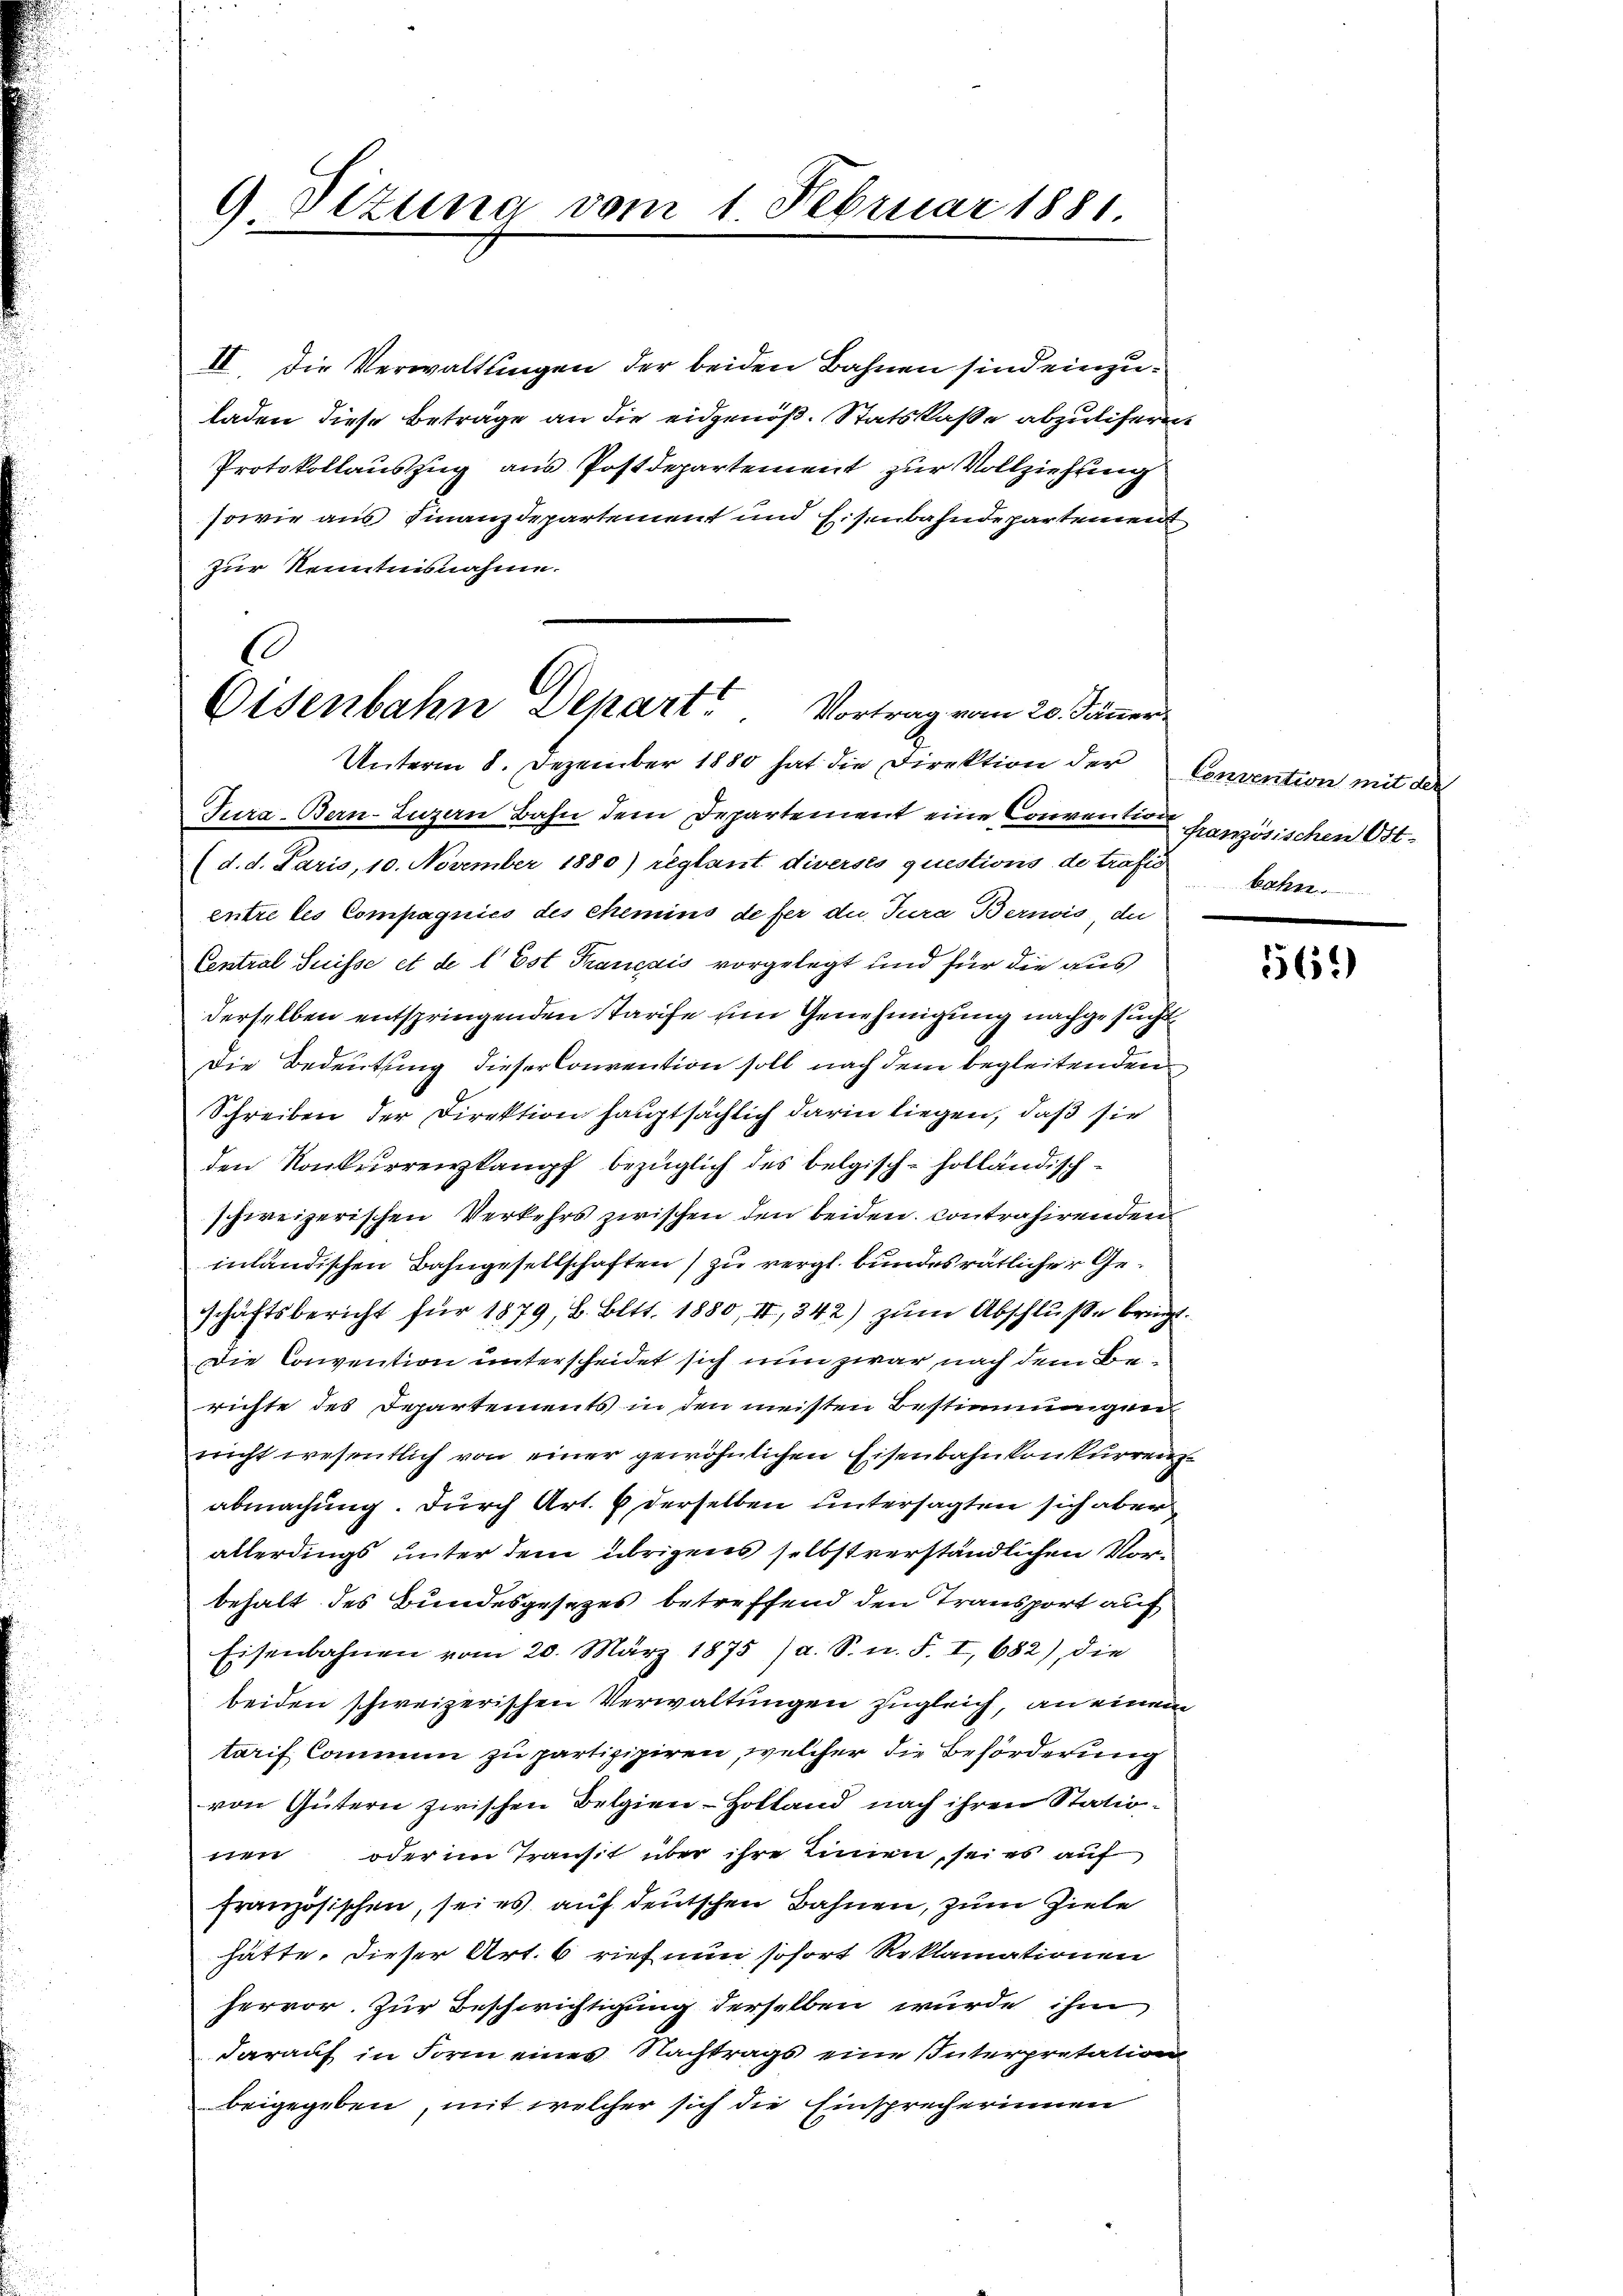
9 Sizung vom

II. Die Verwaltungen der beiden Bahnen sind einzuladen diese Beträge an die eidgenöß. Statskaße abzulisern
Protokollauszug aus Postdepartement zur Vollziehung
sowie aus Finanzdepartement und Eisenbahndepartemen
zur Kenntnisnahme.

1 Februar 1881.

6
Eisenbahn Depart. Vortrag vom 20. Jänner
Unterm 8. Dezember 1880 hat die Direktion der Convention mit der

Jura. Bern-Luzern Bahn dem Departement eine Convention französischen Ort¬
(d. d. Paris, 10. November 1880) reglant diverses questions de trafe bahn
entre tes Compagnies des chemins defer die Jura Bernis, der
Central Suisse et de l’Est Français vorgelegt und für die aus
derselben entspringenden Tarife um Genehmigung nachgesucht
Die Bedeutung dieser Convention soll nach dem begleitenden
Schreiben der Direktion hauptsächlich darin liegen, daß sie
den Konkurrenzkampf bezüglich des belgisch-holländisch-
schweizerischen Verkehrs zwischen den beiden contrahirenden
inländischen Bahngesellschaften) zu vergl. bundesrätlicher Geschäftsbericht für 1879, B. Bett. 1880, II, 342) zŭm Abschlŭβe bringt.
Die Convention unterscheidet sich nun zwar nach dem Berichte des Departements in den meisten Bestimmungen
nicht wesentlich von einer gewöhnlichen Eisenbahnkonkurrenz
abmachung. Durch Art. 6 derselben untersagten sich aber
allerdings unter dem übrigens selbstverständlichen Vorbehalt des Bundesgesezes betreffend den Transport auf
Eisenbahnen vom 20. März 1875 (a. S. n. F. I, 682), die
beiden schweizerischen Verwaltungen zugleich, an einem
tarif Commen zu partizipiren, welcher die Beförderung
von Gütern zwischen Belgien-Holland nach ihren Stationen oder im Transit über ihre Linnen, sei es auf
französischen, sei es auf deutschen Bahnen, zum Ziele
hätte. Dieser Art. 6 rief nun sofort Reklamationen
hervor. Zur Beschwichtigung derselben wurde ihm
darauf in Form eines Nachtrags eine Interpretation
beigegeben, mit welcher sich die Einsprecherinnen

1569)